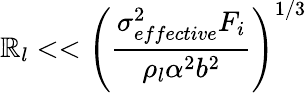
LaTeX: \mathbb{R}_{l}<<\left(\frac{{\sigma_{effective}^{2}F_{i}}}{{\rho_{l}\alpha^{2}b^{2}}}\right)^{1/3}